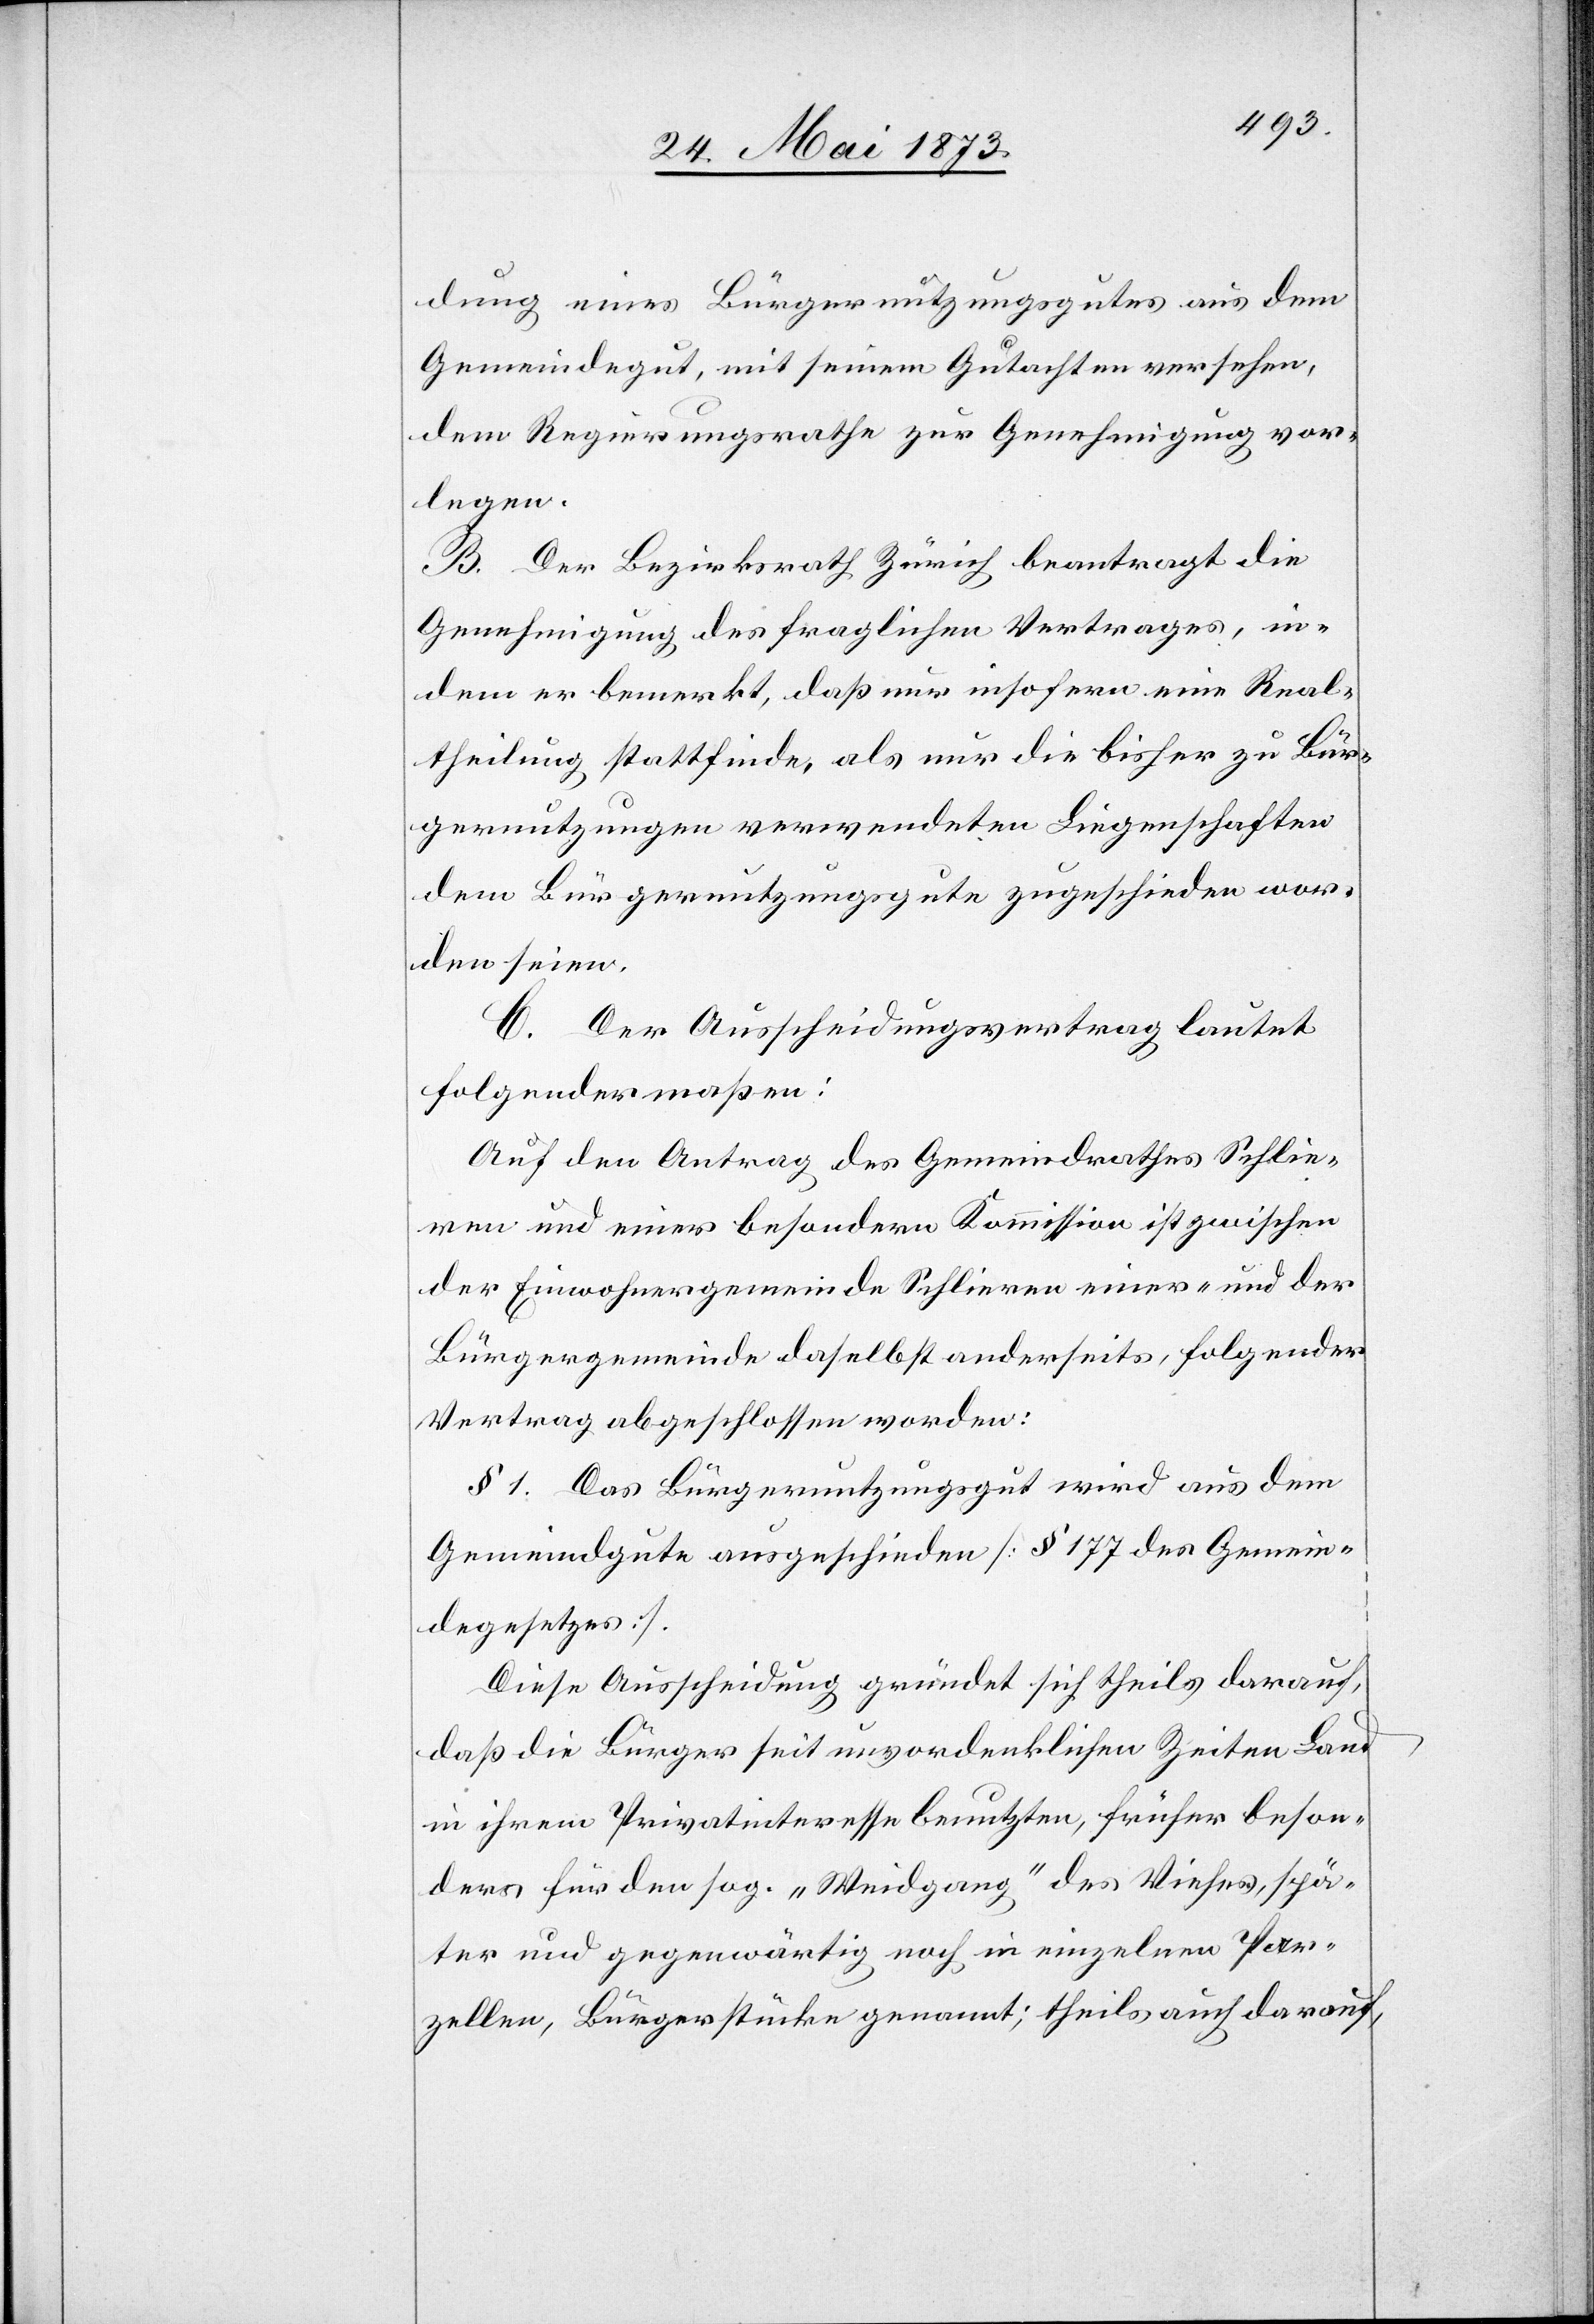
dung eines Bürgernutzungsgutes aus dem
Gemeindegut, mit seinem Gutachten versehen,
dem Regierungsrathe zur Genehmigung vor¬
legen.
B. Der Bezirksrath Zürich beantragt die
Genehmigung des fraglichen Vertrages, in¬
dem er bemerkt, daß nur insofern eine Real¬
theilung stattfinde, als nur die bisher zu Bür¬
gernutzungen verwendeten Liegenschaften
dem Bürgernutzungsgute zugeschieden wor¬
den seien.
C. Der Ausscheidungsvertrag lautet
folgendermaßen:
Auf den Antrag des Gemeindrathes Schlie¬
ren und einer besondern Kommission ist zwischen
der Einwohnergemeinde Schlieren einer- und der
Bürgergemeinde daselbst anderseits, folgender
Vertrag abgeschlossen worden:
§ 1. Das Bürgernutzungsgut wird aus dem
Gemeindegute ausgeschieden [§ 177 des Gemein¬
degesetzes].
Diese Ausscheidung gründet sich theils darauf,
daß die Bürger seit unvordenklichen Zeiten Land
in ihrem Privatinteresse benutzten, früher beson¬
ders für den sog. „Weidgang“ des Viehes, spä¬
ter und gegenwärtig noch in einzelnen Par¬
zellen, Bürgerstücke genannt; theils auch darauf,